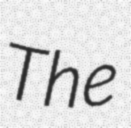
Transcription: The